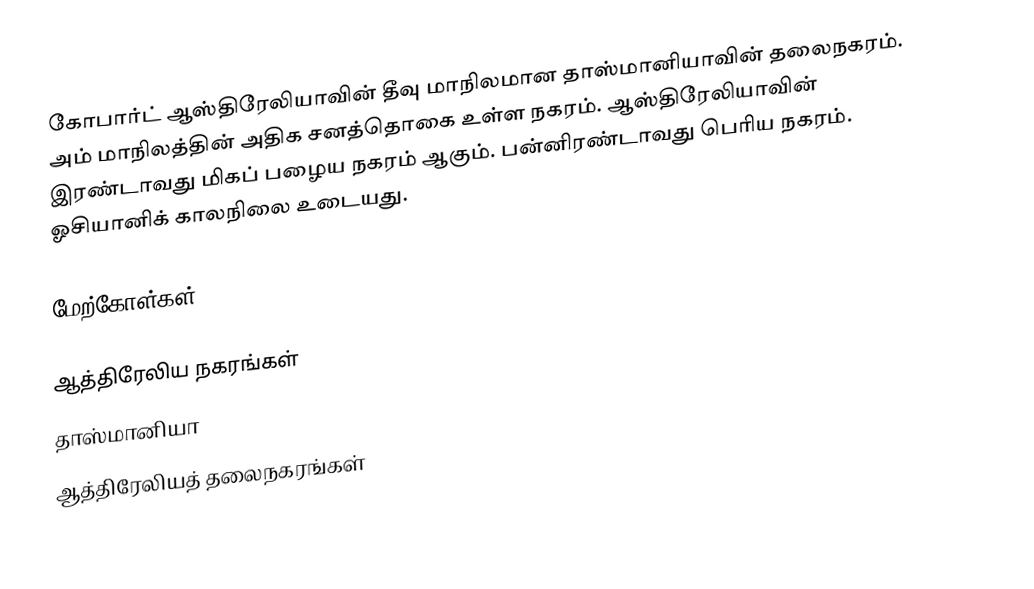
கோபார்ட் ஆஸ்திரேலியாவின் தீவு மாநிலமான தாஸ்மானியாவின் தலைநகரம். அம் மாநிலத்தின் அதிக சனத்தொகை உள்ள நகரம். ஆஸ்திரேலியாவின் இரண்டாவது மிகப் பழைய நகரம் ஆகும். பன்னிரண்டாவது பெரிய நகரம். ஓசியானிக் காலநிலை உடையது.

மேற்கோள்கள்

ஆத்திரேலிய நகரங்கள்
தாஸ்மானியா
ஆத்திரேலியத் தலைநகரங்கள்